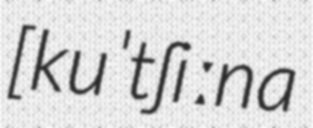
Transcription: [kuˈtʃiːna